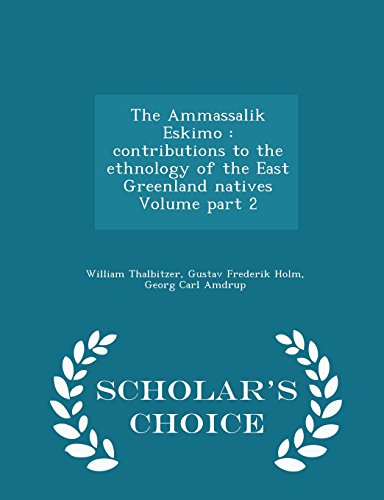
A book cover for The Ammassalik Eskimo: contributions to the ethnology of the East Greenland natives Volume part 2 - Scholar's Choice Edition; William Thalbitzer; History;